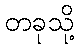
တခုသို့